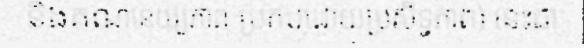
និងគណនេយ្យភាព ប្រកបដោយប្រសិទ្ធភាព) នេះជា